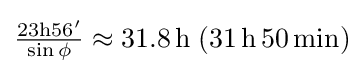
{\textstyle {\frac {\mathrm {23h56'} }{\sin \phi }}\approx \mathrm {31.8\,h} \;(\mathrm {31\,h\,50\,min} )}